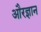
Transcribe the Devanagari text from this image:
औरज्ञान